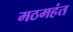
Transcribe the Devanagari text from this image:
मठमहंत